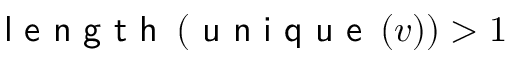
\textsf { l e n g t h } \left( \textsf { u n i q u e } \left( v \right) \right) > 1